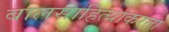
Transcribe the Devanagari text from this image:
बालसाहित्याकरता